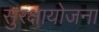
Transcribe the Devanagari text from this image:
सुरक्षायोजना